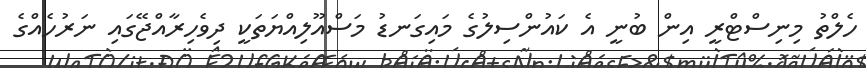
ހެލްތު މިނިސްޓްރީ އިން ބުނީ އެ ކައުންސިލުގެ މައިގަނޑު މަސްއޫލިއްޔަތަކީ ދިވެހިރާއްޖޭގައި ނަރުހެއްގެ